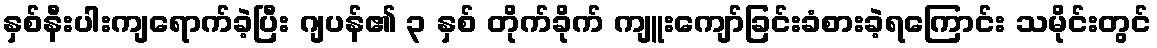
နှစ်နီးပါးကျရောက်ခဲ့ပြီး ဂျပန်၏ ၃ နှစ် တိုက်ခိုက် ကျူးကျော်ခြင်းခံစားခဲ့ရကြောင်း သမိုင်းတွင်